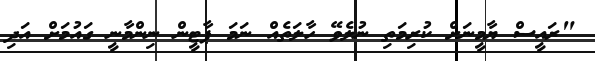
"ރައީސް ޔާމީނަށް ކުރިމަތި ނުލެވޭ ހާލަތެއް ނަމަ ޕާޓީން ނިންމާނީ ގައުމަށް އަދި